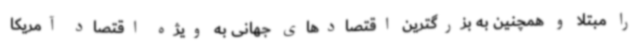
را مبتلا و همچنین به بزرگترین اقتصادهای جهانی به ویژه اقتصاد آمریکا